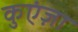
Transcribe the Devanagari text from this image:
कुएंज़ा